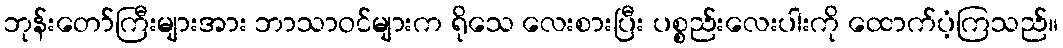
ဘုန်းတော်ကြီးများအား ဘာသာဝင်များက ရိုသေ လေးစားပြီး ပစ္စည်းလေးပါးကို ထောက်ပံ့ကြသည်။